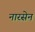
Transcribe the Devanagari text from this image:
नारसेन